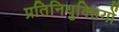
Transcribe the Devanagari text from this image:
प्रतिनियुक्तियों